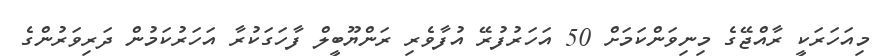
މިއަހަރަކީ ރާއްޖޭގެ މިނިވަންކަމަށް 50 އަހަރުފުރޭ އުފާވެރި ރަންޔޫބީލް ފާހަގަކުރާ އަހަރުކަމުން ދަރިވަރުންގެ